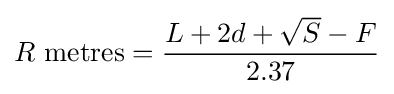
R{\mbox{ metres}}={\frac {L+2d+{\sqrt {S}}-F}{2.37}}